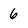
Character: 6